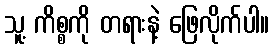
သူ့ ကိစ္စကို တရားနဲ့ ဖြေလိုက်ပါ။